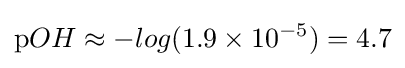
\mathrm {p} OH\approx -log(1.9\times 10^{-5})=4.7